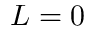
L = 0